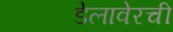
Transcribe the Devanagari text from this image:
डेलावेरची